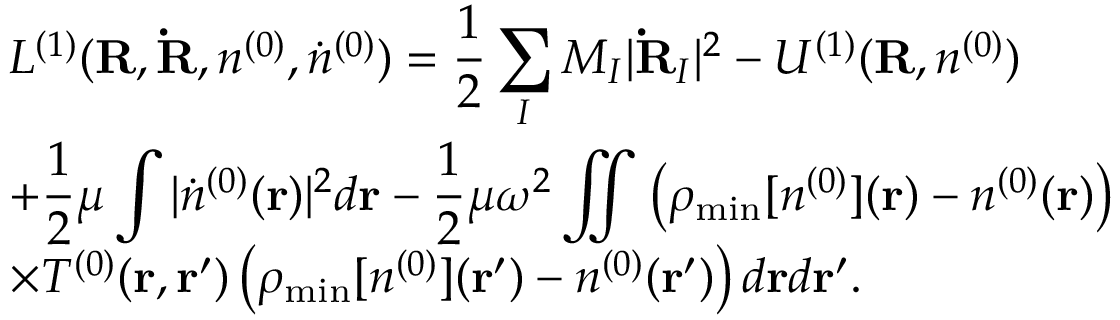
\begin{array} { l } { { \displaystyle { \cal L } ^ { ( 1 ) } ( { \bf R , \dot { R } } , n ^ { ( 0 ) } , { \dot { n } ^ { ( 0 ) } } ) = \frac { 1 } { 2 } \sum _ { I } M _ { I } \vert { \bf \dot { R } } _ { I } \vert ^ { 2 } - { \cal U } ^ { ( 1 ) } ( { \bf R } , n ^ { ( 0 ) } ) } \ ~ } \\ { { \displaystyle + \frac { 1 } { 2 } \mu \int \vert { \dot { n } } ^ { ( 0 ) } ( { \bf r } ) \vert ^ { 2 } d { \bf r } - \frac { 1 } { 2 } \mu \omega ^ { 2 } \iint \left( \rho _ { \mathrm { m i n } } [ n ^ { ( 0 ) } ] ( { \bf r } ) - n ^ { ( 0 ) } ( { \bf r } ) \right) } \ ~ } \\ { { \displaystyle \times T ^ { ( 0 ) } ( { \bf r , r ^ { \prime } } ) \left( \rho _ { \mathrm { m i n } } [ n ^ { ( 0 ) } ] ( { \bf r ^ { \prime } } ) - n ^ { ( 0 ) } ( { \bf r ^ { \prime } } ) \right) d { \bf r } d { \bf r ^ { \prime } } } . } \end{array}